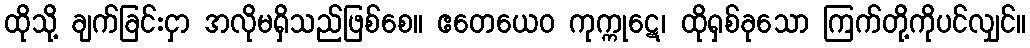
ထိုသို့ ချက်ခြင်းငှာ အလိုမရှိသည်ဖြစ်စေ။ ဧတေယေဝ ကုက္ကုဋေ၊ ထိုရှစ်ခုသော ကြက်တို့ကိုပင်လျှင်။